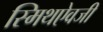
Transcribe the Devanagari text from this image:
स्मिथऐवजी